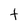
Character: t